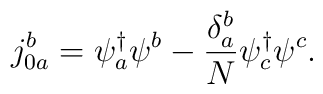
j^{b}_{0a}=\psi^{\dagger}_{a} \psi^b -\frac{\delta^b_a}{N} \psi^{\dagger}_{c} \psi^c.